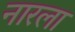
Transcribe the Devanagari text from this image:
नारला